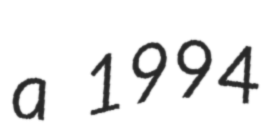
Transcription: a 1994